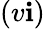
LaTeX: (v\mathbf{i})